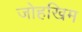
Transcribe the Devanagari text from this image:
जोहखिम